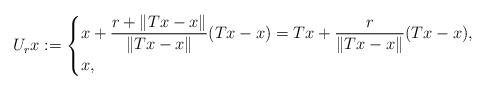
LaTeX: \begin{align*}U_rx := \begin{cases}\displaystyle x + \frac{r+\|Tx-x\|}{\|Tx-x\|}(Tx-x) = Tx +\frac{r}{\|Tx-x\|}(Tx-x), &\\x, &\end{cases}\end{align*}